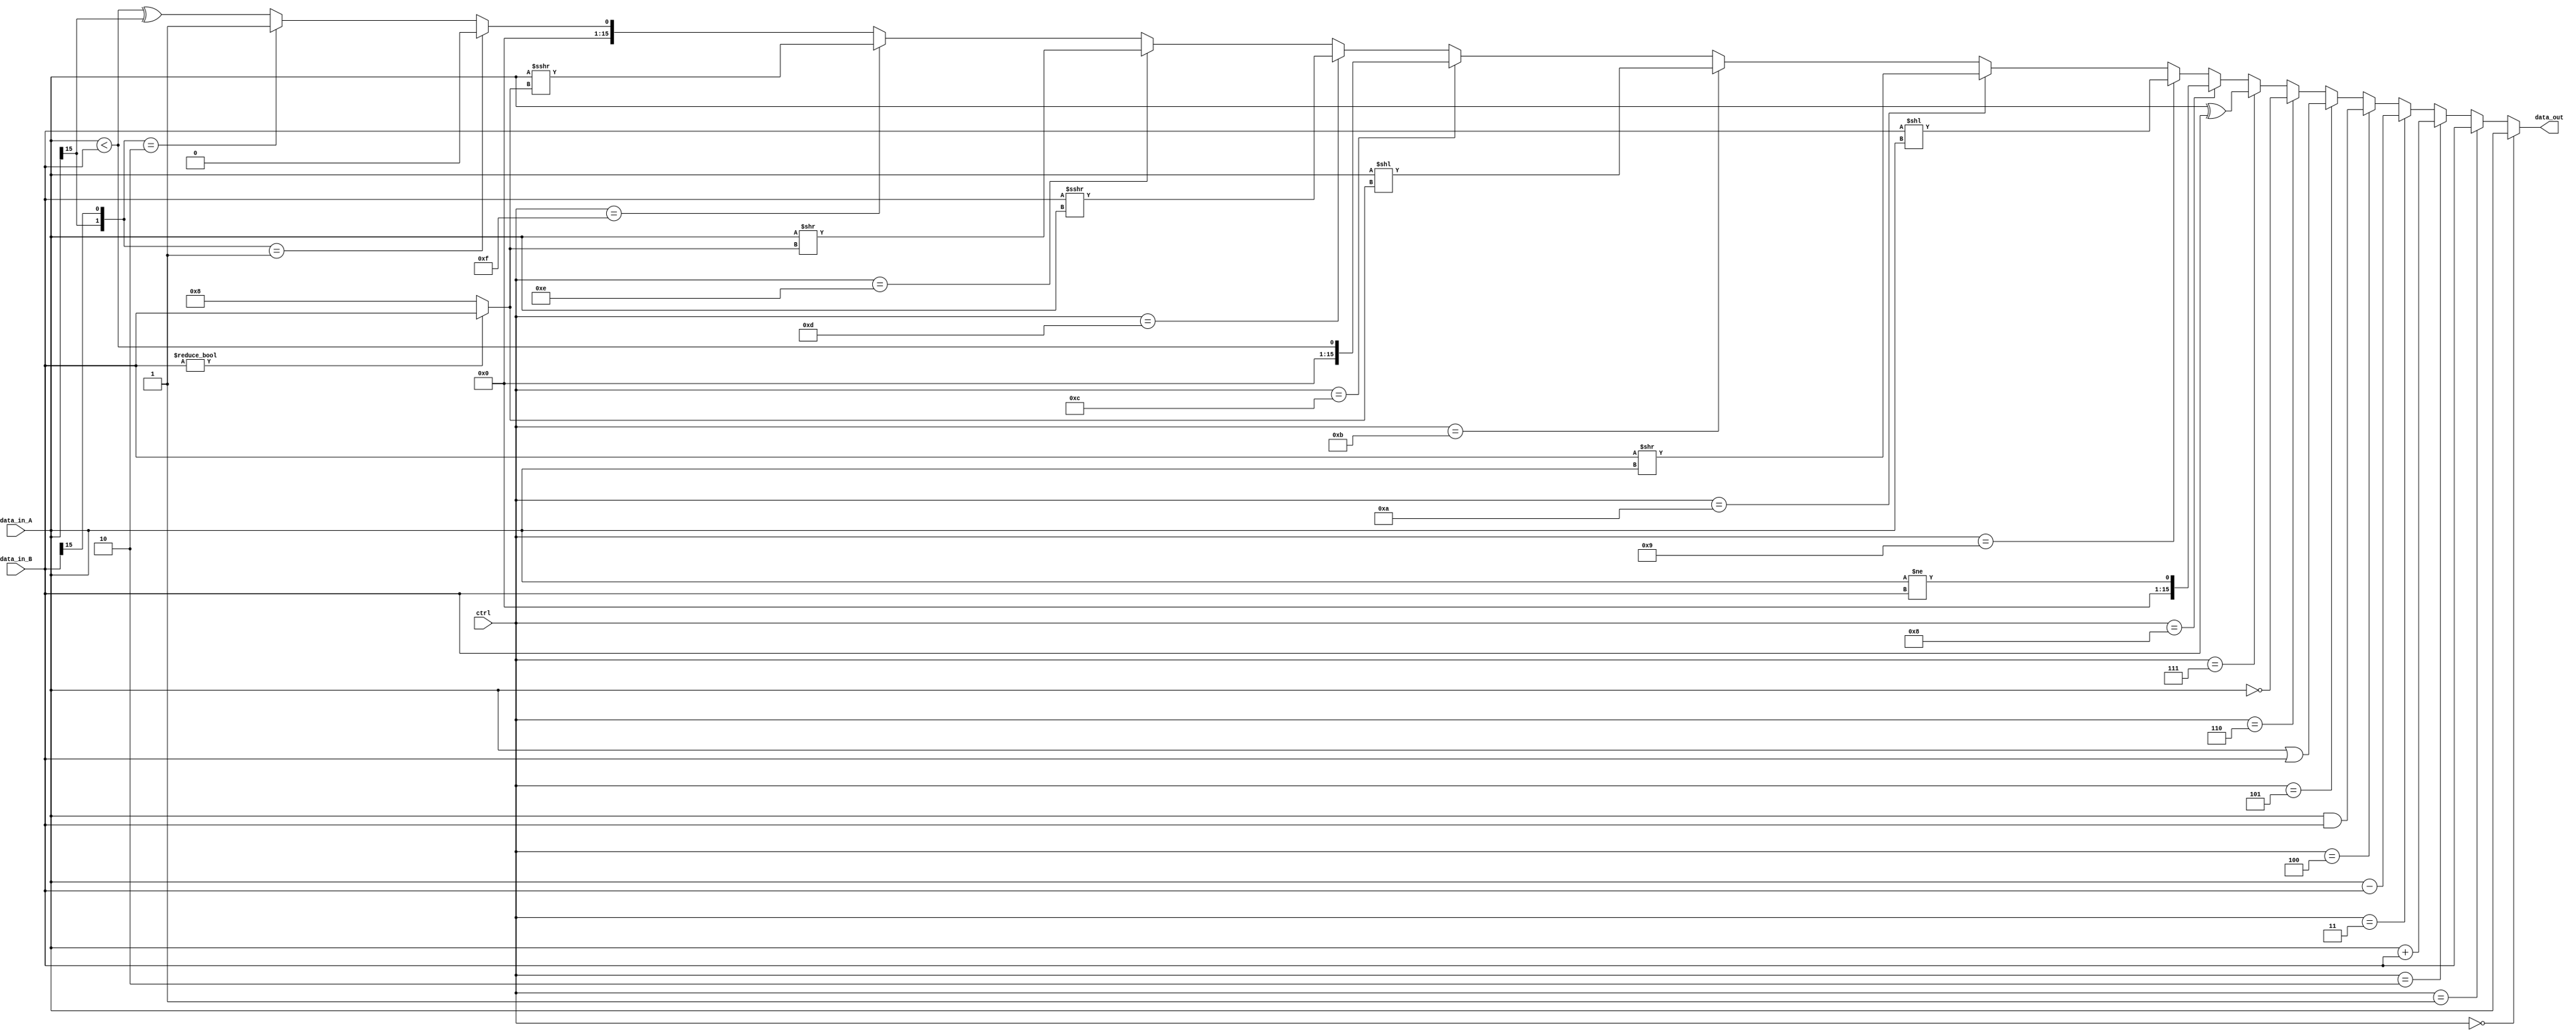
module Arithmetic_Logic_Unit(
    output [15 : 0] data_out,
    input [4 : 0] ctrl,
    input [15 : 0] data_in_A,
    input [15 : 0] data_in_B
    );

	wire [1 : 0] sign_union;

	assign sign_union = {data_in_A[15], data_in_B[15]};

	assign data_out =
		(ctrl == 0) ? data_in_A :
		(ctrl == 1) ? data_in_B :
		(ctrl == 2) ? (data_in_A+data_in_B) :
		(ctrl == 3) ? (data_in_A-data_in_B) :
		(ctrl == 4) ? (data_in_A&data_in_B) :
		(ctrl == 5) ? (data_in_A|data_in_B) :
		(ctrl == 6) ? (~data_in_A) :
		(ctrl == 7) ? (data_in_A^data_in_B) :
		(ctrl == 8) ? (data_in_A != data_in_B) :
		(ctrl == 9) ? (data_in_B<<data_in_A) :
		(ctrl == 10) ? (data_in_B>>data_in_A) :
		(ctrl == 11) ? (data_in_A<<(data_in_B ? data_in_B : 8)) :
		(ctrl == 12) ? (data_in_A < data_in_B) :
		(ctrl == 13) ? ($signed(data_in_B)>>>data_in_A) :
		(ctrl == 14) ? (data_in_A>>(data_in_B ? data_in_B : 8)) :
		(ctrl == 15) ? ($signed(data_in_A)>>>(data_in_B ? data_in_B : 8)) :
		(sign_union == 2'b01 ? 0 : (sign_union == 2'b10 ? 1 : ((data_in_A < data_in_B)^sign_union[1])));

endmodule